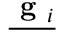
\underline { { \textbf { g } _ { i } } }